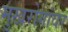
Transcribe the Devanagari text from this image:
मुखरोगांवर